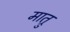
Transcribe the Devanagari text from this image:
मात्रु